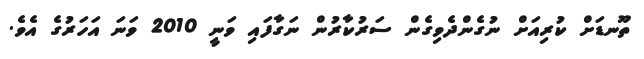
ތޫނޑަށް ކުރިއަށް ނުގެންދެވިގެން ސަރުކާރުން ނަގާފައި ވަނީ 2010 ވަނަ އަހަރުގެ އެވެ.